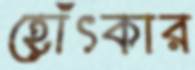
হোঁৎকার